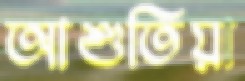
আশুতিয়া